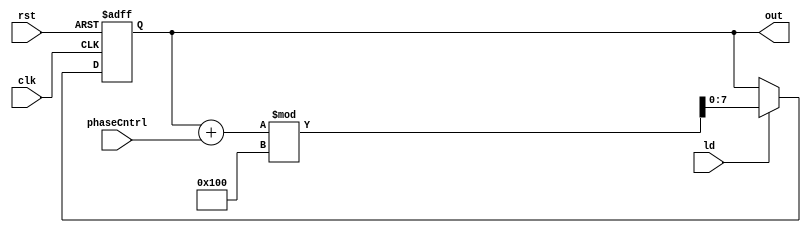
module DDS(input clk, rst, ld, input[7:0] phaseCntrl, output reg [7:0] out);
   	wire[7:0] pIn;

    	always @(posedge clk, posedge rst) begin
        	if(rst) out <= 8'd0;
        	else if(ld) out <= pIn%256;
    	end

	assign pIn = out + phaseCntrl;
endmodule